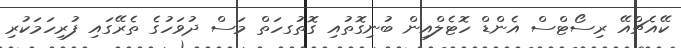
ކޭއެޗްއޭ ރިސޯޓްސް އެންޑް ހޮޓެލްއިން ބުނިގޮތުއި ގޮތުގހަތް މަސް ދުވަހުގެ ތެރޭގައި ފުރިހަމަކުރި